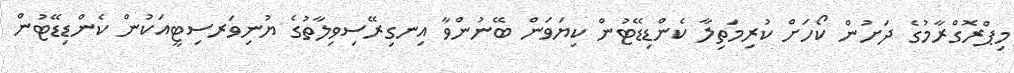
މިޕްރޮގްރާމުގެ ދަށުން ކޯހަށް ކުރިމަތިލާ ކެންޑިޑޭޓުން ކިޔަވަން ބޭނުންވާ އިނގިރޭސިވިލާތުގެ ޔުނިވަރސިޓީއަކުން ކެންޑިޑޭޓުން